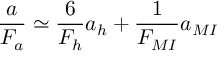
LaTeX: \frac { a } { F _ { a } } \simeq \frac { 6 } { F _ { h } } a _ { h } + \frac { 1 } { F _ { M I } } a _ { M I }